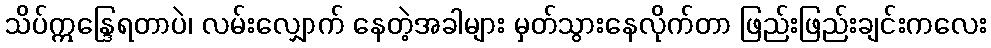
သိပ်ဣန္ဒြေရတာပဲ၊ လမ်းလျှောက် နေတဲ့အခါများ မှတ်သွားနေလိုက်တာ ဖြည်းဖြည်းချင်းကလေး